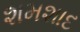
શમશાદ